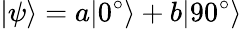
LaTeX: |\psi\rangle=a|0^{\circ}\rangle+b|90^{\circ}\rangle